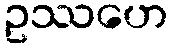
ဥဿဟေ